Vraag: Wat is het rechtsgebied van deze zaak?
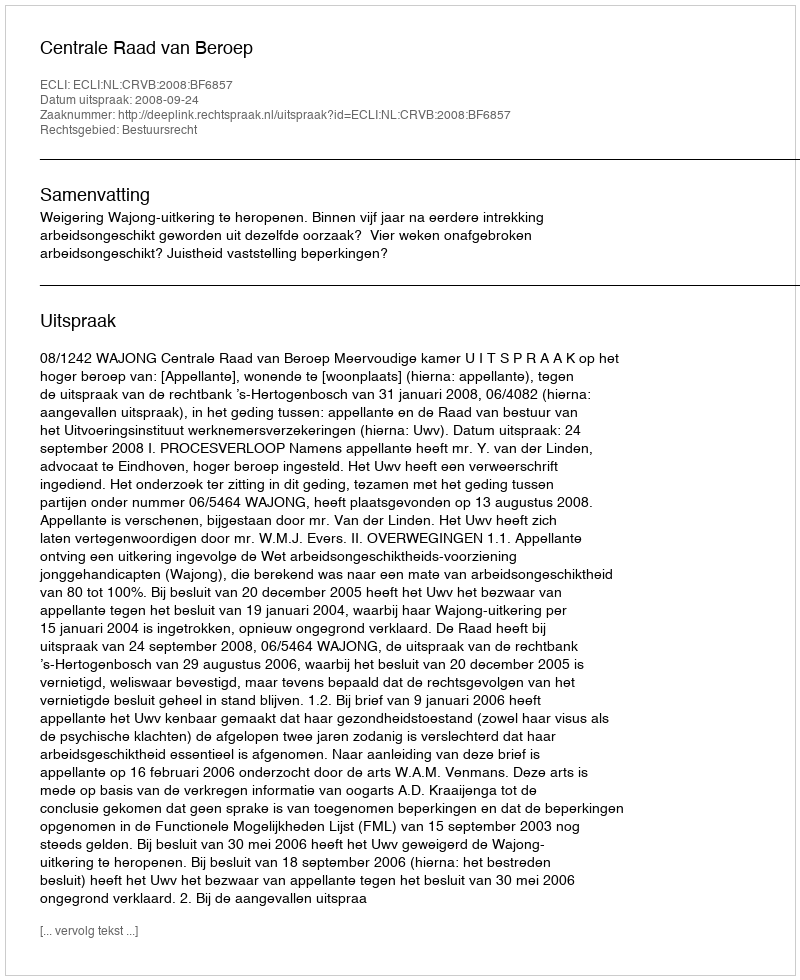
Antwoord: Bestuursrecht